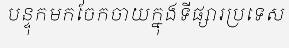
បន្ទុកមកចែកចាយក្នុងទីផ្សារប្រទេស